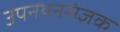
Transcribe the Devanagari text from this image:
उपनयनसंज्ञक